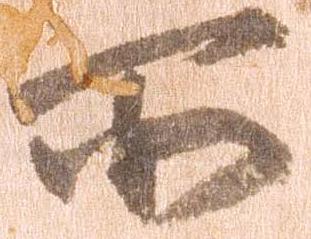
所